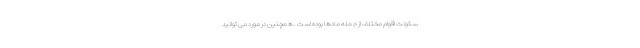
سکونت اقوام مختلف از جمله مادها بوده است . همچنین در مورد می توانید